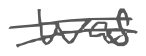
Text: was
Cross-out: double-line
Writing tool: digital_gray